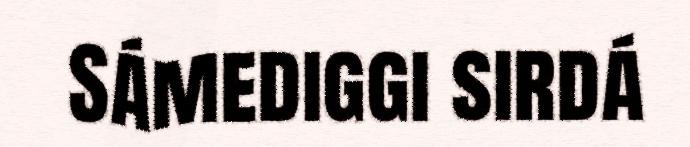
Sámediggi sirdá